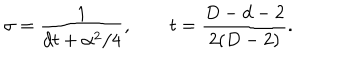
\sigma = \frac { 1 } { d t + \alpha ^ { 2 } / 4 } , \qquad t = \frac { D - d - 2 } { 2 ( D - 2 ) } .